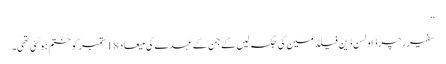
‘‘
سفیر رچرڈ اولسن ڈین فیلڈمین کی جگہ لیں گے جن کے عہدے کی میعاد 18 ستمبر کو ختم ہو گئی تھی۔